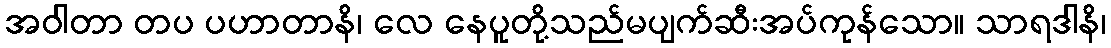
အဝါတာ တပ ပဟာတာနိ၊ လေ နေပူတို့သည်မပျက်ဆီးအပ်ကုန်သော။ သာရဒါနိ၊